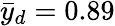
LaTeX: {\bar{y}}_{d}=0.89